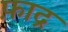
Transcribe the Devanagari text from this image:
फ़ाद्र